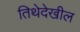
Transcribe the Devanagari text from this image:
तिथेदेखील